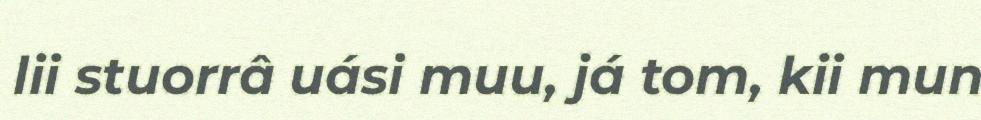
lii stuorrâ uási muu, já tom, kii mun